Lunatic asylums Punjab 1881-1894 - 1881-1894
Year: 1881
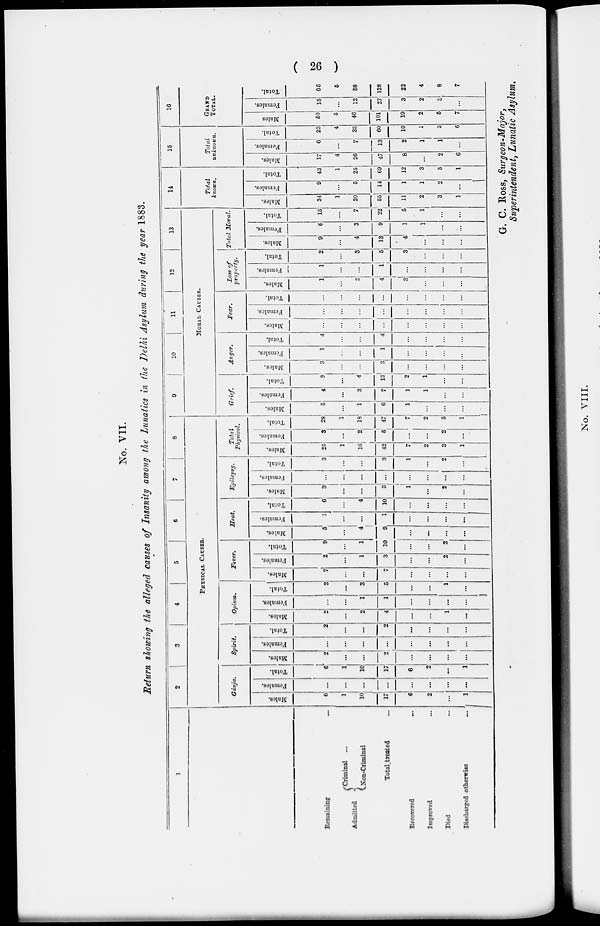
( 26 )
No. VII.
Return showing the alleged causes of Insanity among the Lunatics in the Delhi Asylum during the year 1883.
1
Remaining ...
Admitted
Criminal ...
Non-Criminal
Total treated ...
Recovered ...
Improved ...
Died ...
Discharged otherwise
...
2
3
4
5
6
7
8
PHYSICAL CAUSES.
Gánja.
Males.
6
1
10
17
6
2
...
1
Females.
...
...
...
...
...
...
...
...
Total.
6
1
10
17
6
2
...
1
Spirit.
Males.
2
...
...
2
...
...
...
...
Females.
...
...
...
...
...
...
...
...
Total.
2
...
...
2
...
...
...
...
Opium.
Males.
2
...
2
4
...
...
1
...
Females.
...
...
1
1
...
...
...
...
Total.
2
...
3
5
...
...
1
...
Fever.
Males.
7
...
...
7
...
...
...
...
Females.
2
...
1
3
...
...
2
...
Total.
9
...
1
10
...
...
2
...
Heat.
Males.
5
...
4
9
...
...
...
...
Females.
1
...
...
1
...
...
...
...
Total.
6
...
4
10
...
...
...
...
Epilepsy.
Males.
3
...
...
3
1
...
2
...
Females.
...
...
...
...
...
...
...
...
Total.
3
...
...
3
1
...
2
...
Total
Physical.
Males.
25
1
16
42
7
2
3
1
Females.
3
...
2
5
...
...
2
...
Total.
28
1
18
47
7
2
5
1
9
10
11
12
13
MORAL CAUSES.
Grief.
Males.
5
...
1
6
1
...
...
...
Females.
4
...
3
7
1
1
...
...
Total.
9
...
4
13
2
1
...
...
Anger.
Males.
3
...
...
3
...
...
...
...
Females.
1
...
...
1
...
...
...
...
Total.
4
...
...
4
...
...
...
...
Fear.
Males.
...
...
...
...
...
...
...
...
Females.
...
...
...
...
...
...
...
...
Total.
...
...
...
...
...
...
...
...
Loss of
property.
Males.
1
...
3
4
3
...
...
...
Females.
1
...
...
1
...
...
...
...
Total.
2
...
3
5
3
...
...
...
Total Moral.
Males.
9
...
4
13
4
...
...
...
Females.
6
...
3
9
1
1
...
...
Total.
15
...
7
22
5
1
...
...
14
Total
known.
Males.
34
1
20
55
11
2
3
1
Females.
9
...
5
14
1
1
2
...
Total.
43
1
25
69
12
3
5
1
15
Total
unknown.
Males.
17
4
26
47
8
...
2
6
Females.
6
...
7
13
2
1
1
...
Total.
23
4
33
60
10
1
3
6
16
GRAND
TOTAL.
Males
50
5
46
101
19
2
5
7
Females.
15
...
12
27
3
2
3
...
Total.
65
5
58
128
22
4
8
7
G. C. Ross, Surgeon-Major,
Superintendent, Lunatic Asylum.